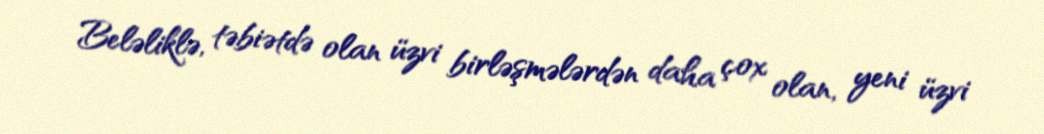
Beləliklə, təbiətdə olan üzvi birləşmələrdən daha çox olan, yeni üzvi